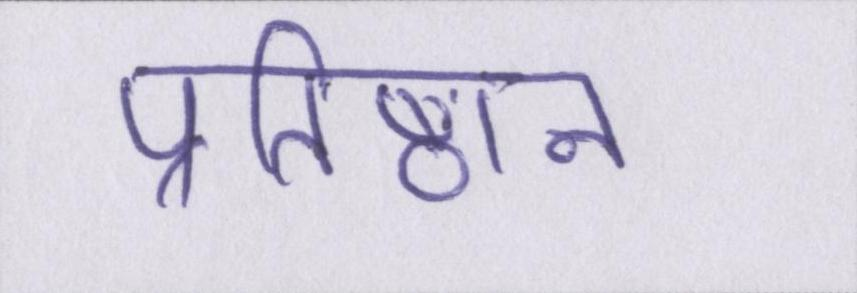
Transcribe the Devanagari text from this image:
प्रतिष्ठान